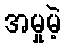
အမှုမဲ့